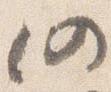
仍